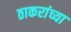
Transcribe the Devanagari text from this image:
ठाकरांच्या